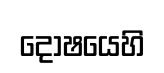
දොෂයෙහි